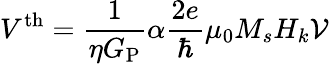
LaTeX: V^{\mathrm{th}}=\frac{1}{\eta G_{\mathrm{P}}}\alpha\frac{2e}{\hbar}\mu_{0}M_{s}H_{k}\mathcal{V}